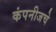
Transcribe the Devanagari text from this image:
कंपनीजचे